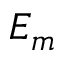
E _ { m }